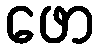
ဖော